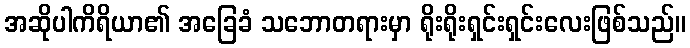
အဆိုပါကိရိယာ၏ အခြေခံ သဘောတရားမှာ ရိုးရိုးရှင်းရှင်းလေးဖြစ်သည်။